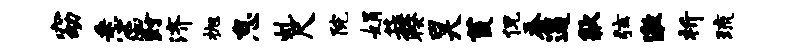
窈悉爵济抛怠虬尺院娟蔟暌昊荒侃蚕逼歙弦激析琉